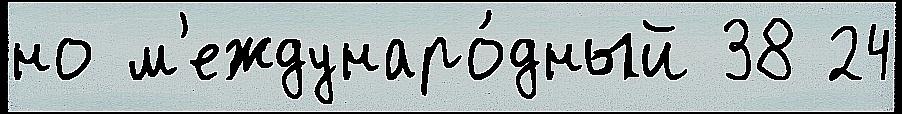
но м'еждунаро́дный 38 24